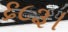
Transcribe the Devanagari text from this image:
६८३।